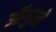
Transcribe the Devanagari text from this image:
ऑगुस्ते